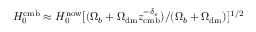
H _ { 0 } ^ { \mathrm { c m b } } \approx H _ { 0 } ^ { \mathrm { n o w } } [ ( \Omega _ { b } + \Omega _ { \mathrm { d m } } z _ { \mathrm { c m b } } ^ { - \delta _ { e } } ) / ( \Omega _ { b } + \Omega _ { \mathrm { d m } } ) ] ^ { 1 / 2 }